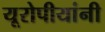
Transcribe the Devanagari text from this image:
यूरोपीयांनी